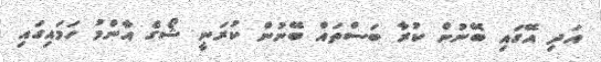
އަދި އޭގައި ބޭނުން ކުރާ ބަސްތައް ބޭނުން ކުރަނީ ޝޯގެ އާންމު ހަމައިގައި